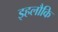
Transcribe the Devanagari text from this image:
इहलौकि